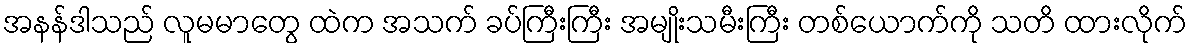
အနန်ဒါသည် လူမမာတွေ ထဲက အသက် ခပ်ကြီးကြီး အမျိုးသမီးကြီး တစ်ယောက်ကို သတိ ထားလိုက်